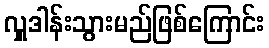
လှူဒါန်းသွားမည်ဖြစ်ကြောင်း